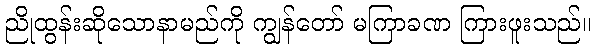
ညိုထွန်းဆိုသောနာမည်ကို ကျွန်တော် မကြာခဏ ကြားဖူးသည်။